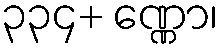
၃၃၄+ ဏ္ဏော၊